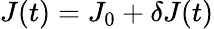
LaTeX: J(t)=J_{0}+\delta J(t)